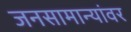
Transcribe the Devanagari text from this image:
जनसामान्यांवर